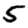
Digit: 5